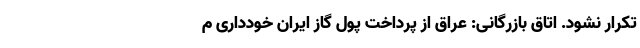
تکرار نشود. اتاق بازرگانی: عراق از پرداخت پول گاز ایران خودداری م